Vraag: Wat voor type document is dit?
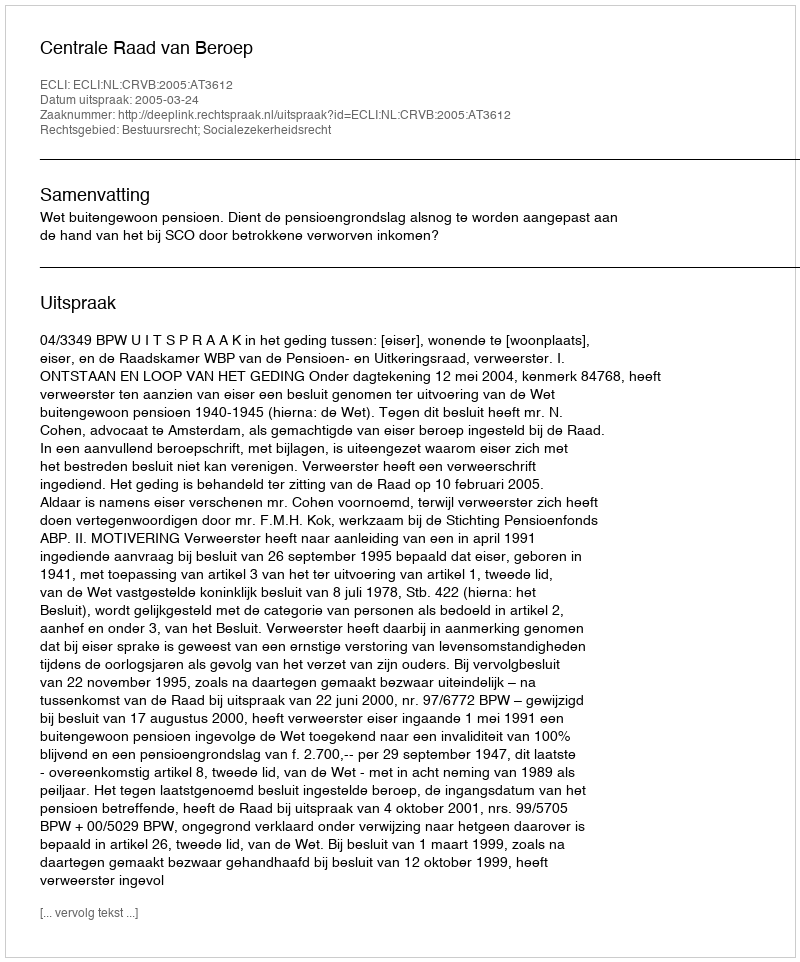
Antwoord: Uitspraak